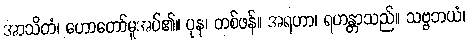
အာသိတံ၊ ဟောတော်မူအပ်၏။ ပုန၊ တစ်ဖန်။ အရဟာ၊ ရဟန္တာသည်။ သဗ္ဗဘယံ၊